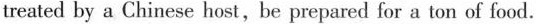
treated by a Chinese host,be prepared for a ton of food.